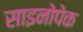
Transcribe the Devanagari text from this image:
साइनोपेक